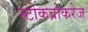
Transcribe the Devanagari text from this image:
स्टोकब्रोकरेज